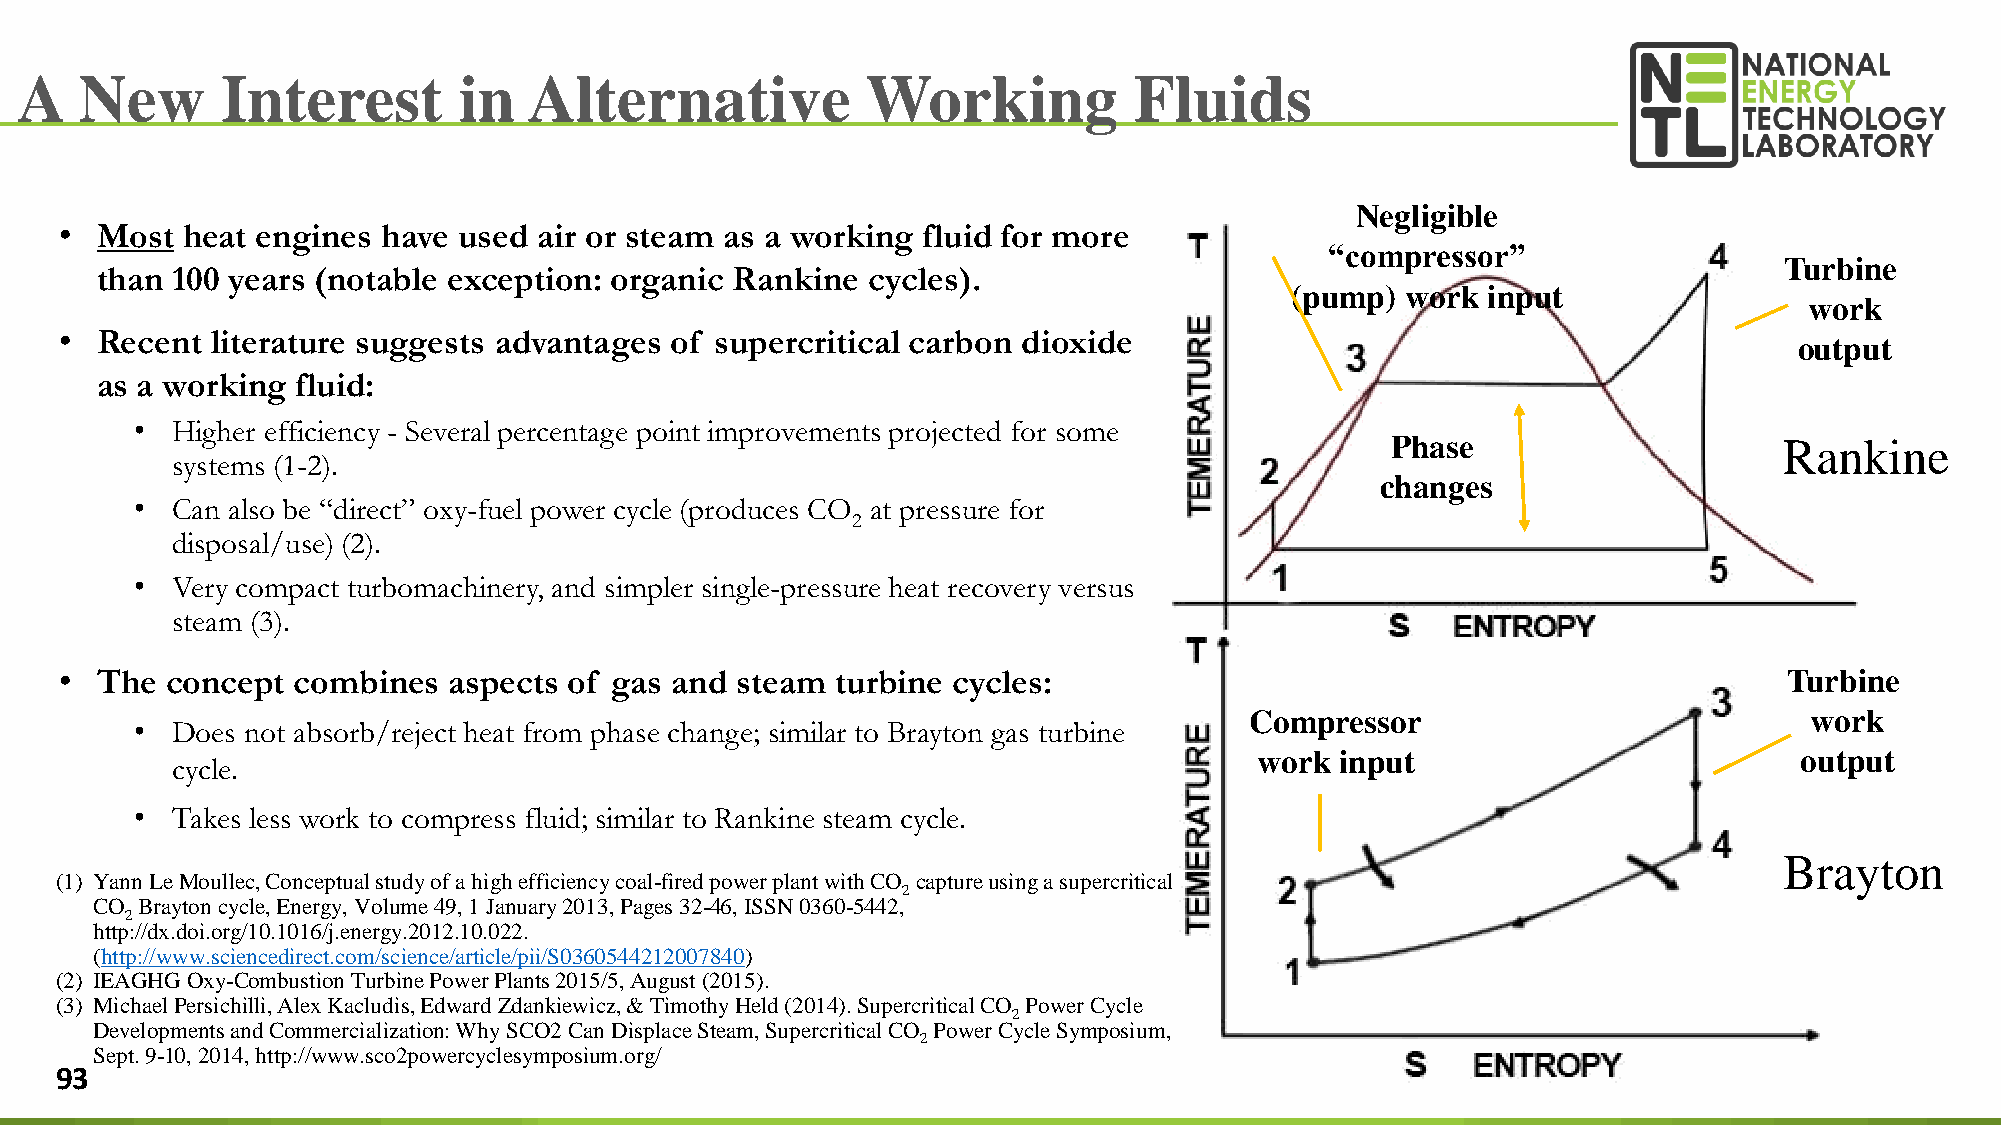
A   New       Interest       in   Alternative           Working           Fluids
 Negligible
 • Most  heat engines have used  air or steam as a working fluid for more
 “compressor”
 Turbine
 than 100 years (notable exception: organic Rankine cycles).
 (pump)  work input
 work
 • Recent  literature suggests advantages of supercritical carbon dioxide
 output
 as a working  fluid:
 • Higher efficiency - Several percentage point improvements projected for some
 Phase                     Rankine
 systems (1-2).
 changes
 • Can also be “direct” oxy-fuel power cycle (produces CO at pressure for
 2
 disposal/use) (2).
 • Very compact turbomachinery, and simpler single-pressure heat recovery versus
 steam (3).
 • The  concept combines   aspects of gas and steam turbine cycles:                                                Turbine
 Compressor                           work
 • Does not absorb/reject heat from phase change; similar to Brayton gas turbine
 work  input                         output
 cycle.
 • Takes less work to compress fluid; similar to Rankine steam cycle.
 Brayton
 (1) Yann Le Moullec, Conceptual study of a high efficiency coal-fired power plant with CO capture using a supercritical
 2
 CO Brayton cycle, Energy, Volume 49, 1 January 2013, Pages 32-46, ISSN 0360-5442,
 2
 http://dx.doi.org/10.1016/j.energy.2012.10.022.
 (http://www.sciencedirect.com/science/article/pii/S0360544212007840)
 (2) IEAGHG Oxy-Combustion Turbine Power Plants 2015/5, August (2015).
 (3) Michael Persichilli, Alex Kacludis, Edward Zdankiewicz, & Timothy Held (2014). Supercritical CO Power Cycle
 2
 Developments and Commercialization: Why SCO2 Can Displace Steam, Supercritical CO Power Cycle Symposium,
 2
 Sept. 9-10, 2014, http://www.sco2powercyclesymposium.org/
 93                                                                                                                       93